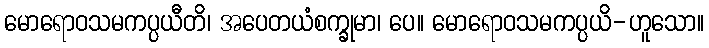
မောရောဝသမကပ္ပယီတိ၊ အပေတယံစက္ခုမာ၊ ပေ။ မောရောဝသမကပ္ပယိ-ဟူသော။